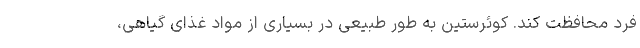
فرد محافظت کند. کوئرستین به طور طبیعی در بسیاری از مواد غذای گیاهی،